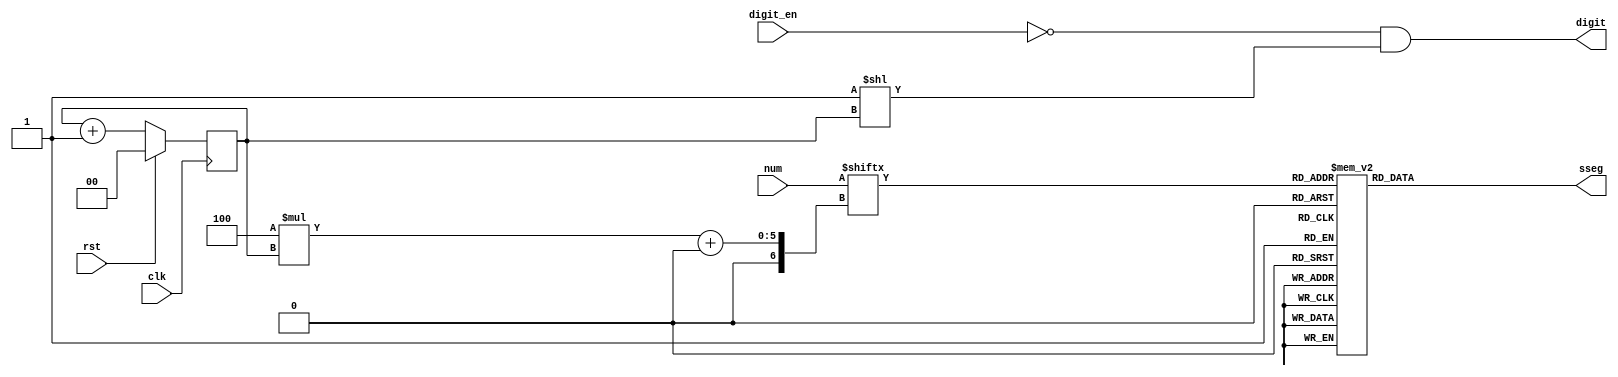
`timescale 1ns / 1ps
//////////////////////////////////////////////////////////////////////////////////
// Company: 
// 
// Design Name: 
// Module Name: sseg_ctrl
// Project Name: 
// Target Devices: edgeA7 (xc7a35tftg256-1)
// Tool Versions: 
// Description: Seven segment LED controller for Edge Artix 7 board
//              Active low enable for LED digits
// Dependencies: 
// 
// Revision:
// Revision 0.01 - File Created
// Additional Comments:
// 
//////////////////////////////////////////////////////////////////////////////////


module sseg_ctrl(
    input             clk,
    input             rst,
    input      [15:0] num,
    input      [3:0]  digit_en,
    output reg [7:0]  sseg,
    output     [3:0]  digit
    );

    reg [1:0] digit_count;

    // Digit selection as per counter
    always @(posedge clk) begin
        if(rst) begin
            digit_count <= 2'd0;
        end else begin
            digit_count <= digit_count + 1'b1;
        end
    end

    // Digit position encoding
    assign digit = ~digit_en & (4'd1 << digit_count);

    // Determine which digit to display
    // 7-segment encoding
    //      0
    //     ---
    //  5 |   | 1
    //     --- <--6
    //  4 |   | 2
    //     ---
    //      3
    // NOTE: Dot always turned off, 1 turns off while 0 turns on
    always @(*) begin
        case (num[(4*digit_count)+:4])
            4'b0001 : sseg = 8'b11111001;   // 1
            4'b0010 : sseg = 8'b10100100;   // 2
            4'b0011 : sseg = 8'b10110000;   // 3
            4'b0100 : sseg = 8'b10011001;   // 4
            4'b0101 : sseg = 8'b10010010;   // 5
            4'b0110 : sseg = 8'b10000010;   // 6
            4'b0111 : sseg = 8'b11111000;   // 7
            4'b1000 : sseg = 8'b10000000;   // 8
            4'b1001 : sseg = 8'b10010000;   // 9
            4'b1010 : sseg = 8'b10001000;   // A
            4'b1011 : sseg = 8'b10000011;   // b
            4'b1100 : sseg = 8'b11000110;   // C
            4'b1101 : sseg = 8'b10100001;   // d
            4'b1110 : sseg = 8'b10000110;   // E
            4'b1111 : sseg = 8'b10001110;   // F
            default : sseg = 8'b11000000;   // 0
        endcase
    end
endmodule